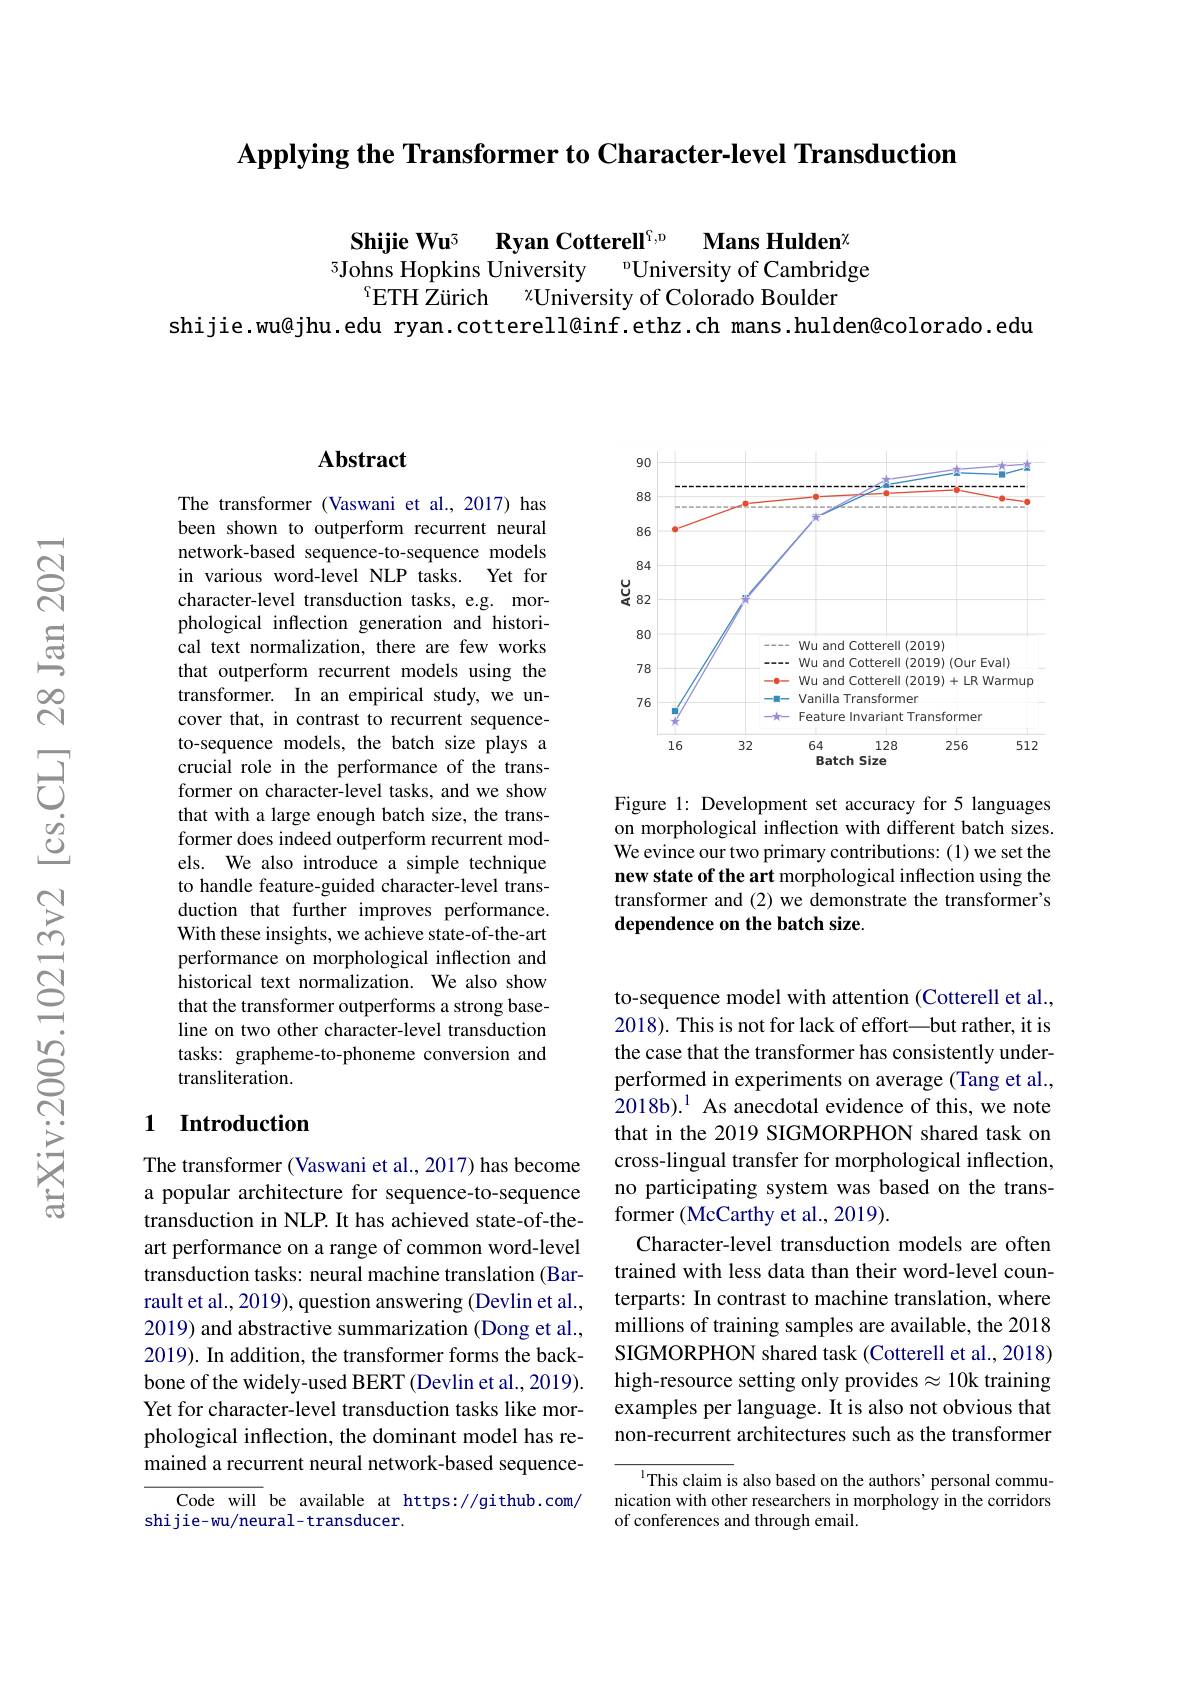
$\textbf{Applying the Transformer to Character- level Transduction}$

$\mathbf{ShijieWu}^{5}$ $\textbf{Ryan Cotterell}^{\mathrm{f, u}}$ $\textbf{Mans Hulden}^{\chi }$
5Johns Hopkins University
$^{\mathrm{o}}$University of Cambridge
$\chi_{\mathrm{University~of~Colorado~Boulder}}$
$^{\mathrm{f}}$ETH Zürich
shijie.wu@jhu.edu ryan.cotterell@inf.ethz.ch mans.hulden@colorado.edu

### $\mathbf{Abstract}$

The transformer (Vaswani et al.,2017) has been shown to outperform recurrent neural network-based sequence-to-sequence models in various word-level NLP tasks. Yet for character-level transduction tasks, e.g. morphological inflection generation and historical text normalization, there are few works that outperform recurrent models using the transformer. In an empirical study, we uncover that, in contrast to recurrent sequenceto-sequence models, the batch size plays a crucial role in the performance of the transformer on character-level tasks, and we show that with a large enough batch size, the transformer does indeed outperform recurrent models. We also introduce a simple technique to handle feature-guided character-level transduction that further improves performance. With these insights, we achieve state-of-the-art performance on morphological inflection and historical text normalization. We also show that the transformer outperforms a strong baseline on two other character-level transduction tasks: grapheme-to-phoneme conversion and transliteration.

## 1 Introduction

The transformer (Vaswani et al., 2017) has become a popular architecture for sequence-to-sequence transduction in NLP. It has achieved state-of-theart performance on a range of common word-level transduction tasks: neural machine translation (Barrault et al., 2019), question answering (Devlin et al., 2019) and abstractive summarization (Dong et al., 2019). In addition, the transformer forms the backbone of the widely-used BERT (Devlin et al., 2019). Yet for character-level transduction tasks like morphological inflection, the dominant model has remained a recurrent neural network-based sequence-
Code will be available at https://github.com/

shijie-wu/neural-transducer.

<FigureHere>

Figure 1: Development set accuracy for 5 languages on morphological inflection with different batch sizes. We evince our two primary contributions: (1) we set the new state of the art morphological inflection using the transformer and (2) we demonstrate the transformer's dependence on the batch size.

to-sequence model with attention (Cotterell et al., 2018). This is not for lack of effort—but rather, it is the case that the transformer has consistently underperformed in experiments on average (Tang et al., 2018b).$^{1}$ As anecdotal evidence of this, we note that in the 2019 SIGMORPHON shared task on cross-lingual transfer for morphological inflection, no participating system was based on the transformer (McCarthy et al., 2019).
Character-level transduction models are often trained with less data than their word-level counterparts: In contrast to machine translation, where millions of training samples are available, the 2018 SIGMORPHON shared task (Cotterell et al., 2018) high-resource setting only provides$\approx10$k training examples per language. It is also not obvious that non-recurrent architectures such as the transformer

$^{1}$This claim is also based on the authors' personal communication with other researchers in morphology in the corridors of conferences and through email.